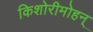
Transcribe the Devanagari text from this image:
किशोरीमोहन्